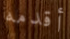
أقدمه